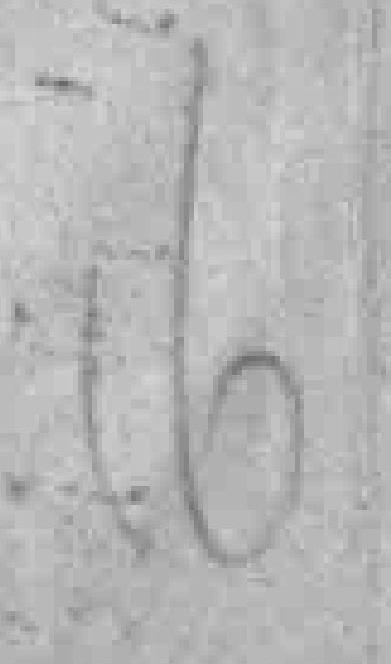
16